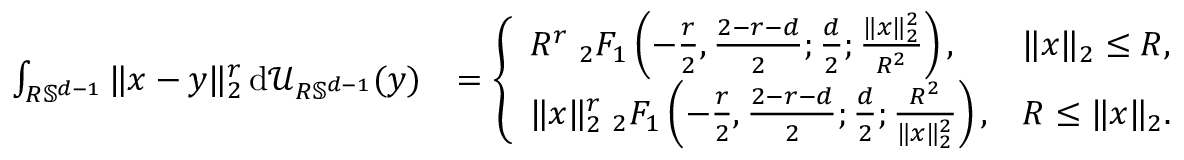
\begin{array} { r l r } & { \int _ { R \mathbb S ^ { d - 1 } } \| x - y \| _ { 2 } ^ { r } \, \mathrm { d } \mathcal U _ { R \mathbb S ^ { d - 1 } } ( y ) } & { = \left\{ \begin{array} { l l } { R ^ { r } \; _ { 2 } F _ { 1 } \left( - \frac { r } { 2 } , \frac { 2 - r - d } { 2 } ; \frac { d } { 2 } ; \frac { \| x \| _ { 2 } ^ { 2 } } { R ^ { 2 } } \right) , } & { \| x \| _ { 2 } \le R , } \\ { \| x \| _ { 2 } ^ { r } \; _ { 2 } F _ { 1 } \left( - \frac { r } { 2 } , \frac { 2 - r - d } { 2 } ; \frac { d } { 2 } ; \frac { R ^ { 2 } } { \| x \| _ { 2 } ^ { 2 } } \right) , } & { R \le \| x \| _ { 2 } . } \end{array} \right. } \end{array}